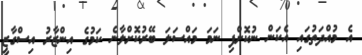
އެ މުއްދަތުގައި އެކަން ނުކޮށްފި ނަމަ މައްސަލަ ބޭރުކޮށްލާނެ ކަމުގެ އިންޒާރު އިސްގާޒީ